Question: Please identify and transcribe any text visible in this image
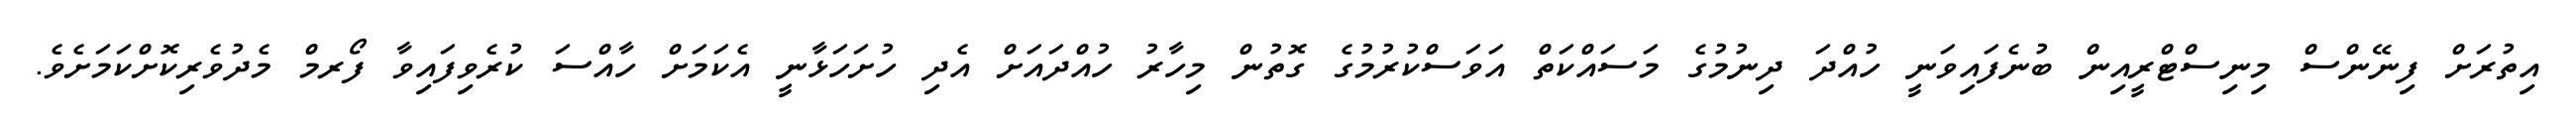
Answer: އިތުރަށް ފިނޭންސް މިނިސްޓްރީއިން ބުނެފައިވަނީ ހުއްދަ ދިނުމުގެ މަސައްކަތް އަވަސްކުރުމުގެ ގޮތުން މިހާރު ހުއްދައަށް އެދި ހުށަހަޅާނީ އެކަމަށް ހާއްސަ ކުރެވިފައިވާ ފޯރމް މެދުވެރިކޮށްކަމަށެވެ.